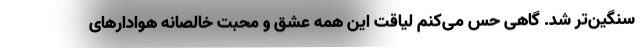
سنگین‌تر شد. گاهی حس می‌کنم لیاقت این همه عشق و محبت خالصانه هوادارهای